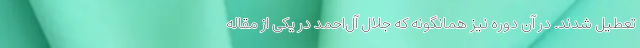
تعطیل شدند. در آن دوره نیز همانگونه که جلال آل‌احمد در یکی از مقاله